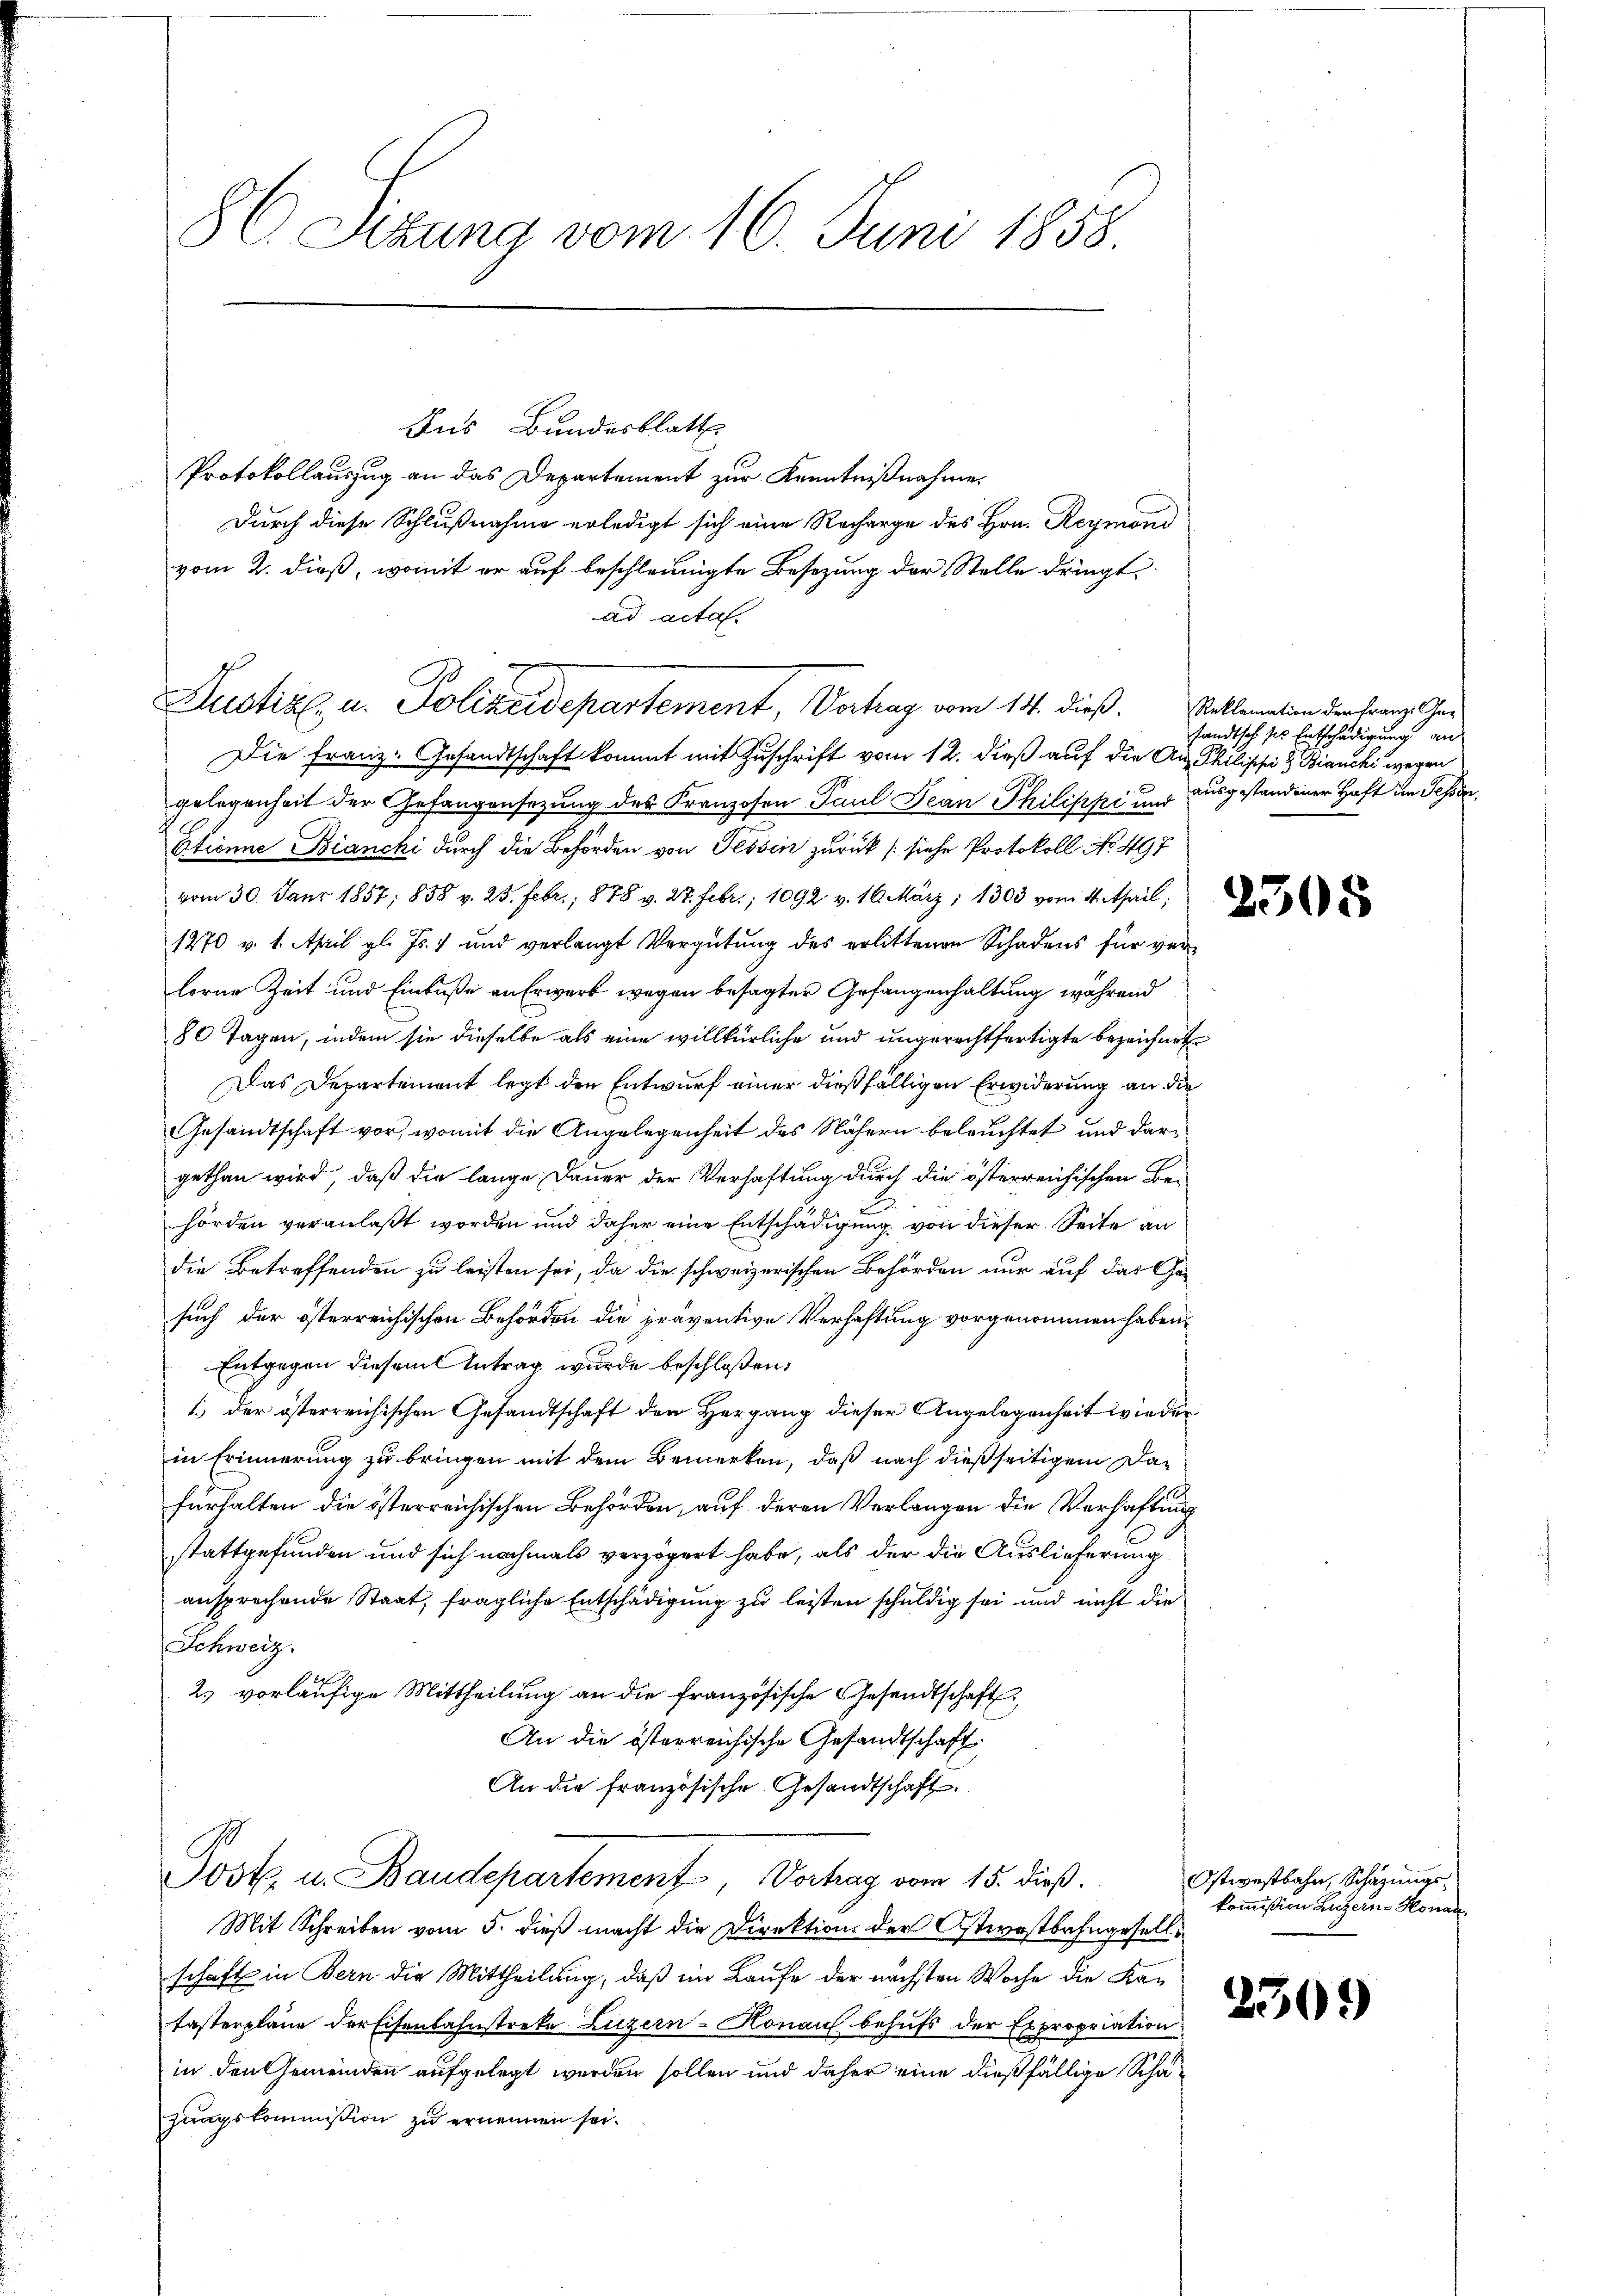
86 Sizung vom 16. Juni 1858.

Aus Bundesblatt
Protokollauszug an das Departement zur Kenntnißnahme.
Durch diese Schlußnahme erledigt sich eine Recharge des Hrn. Reymond
vom 2. dieß, womit er auf beschleunigte Besetzung der Stelle dringt
ad acta.
Die Franz. Gesandtschaft kommt mit Zuschrift vom 12. dieß auf die Auf Philische & Bianchi wegen
gelegenheit der Gefangensezung des Franzosen Paul Jean Philippi und ausgestandener Haft im Tessin
Etienne Bianchi durch die Behörden von Tessin zurück (siehe Protokoll No 497
vom 30. Janr 1857; 858 v. 25. Febr., 878 v. 27. Febr. 1092 v. 16. März, 1303 vom 4. April;
1270 v. 1. April gl. Js. und verlangt Vergütung des erlittenen Schadens für verlorne Zeit und Einbuße an Erwarb wegen besagter Gefangenhaltung während
80 Tagen, indem sie dieselbe als eine willkürliche und ungerechtfertigte bezeichnet
Das Departement legt den Entwurf einer dießfälligen Erwiderung an die
Gesandtschaft vor, womit die Angelegenheit des Nähern beleuchtet und dargethan wird, daß die lange Dauer der Verhaftung durch die österreichischen Be-
hörden veranlaßt worden und daher eine Entschädigung, von dieser Seite an
die Betreffenden zu leisten sei, da die schweizerischen Behörden nur auf das Gesuch der österreichischen Behörden die präventive Verhaftung vorgenommen haben.
Entgegen diesem Antrag wurde beschloßen:
1.) der österreichischen Gesandtschaft den Hergang dieser Angelegenheit wieder
in Erinnerung zu bringen mit dem Bemerken, daß nach dießseitigem Dafürhalten die österreichischen Behörden, auf deren Verlangen die Verhaftung
stattgefunden und sich nochmals verzögert habe, als der die Auslieferung
ansprechende Staat, fragliche Entschädigung zu leisten schuldig sei und nicht die
Schweiz.
2.) vorläufige Mittheilung an die französische Gesandtschaft
An die österreichische Gesandtschaft
An die französische Gesandtschaft.
Jost. u. Baudepartement, Vorhay vom 15. dieß.
Mit Schreiben vom 5. dieß macht die Direktion der Ostwostbahngesellschaft in Bern die Mittheilung, daß im Laufe der nächsten Woche die Katasterplane der Eisenbahnstreke Luzern-Honau behufs der Expropriation
in den Gemeinden aufgelegt werden sollen und daher eine dießfällige Schazungskommission zu ernennen sei.

Justiz, u. Polizeidepartement, Vortrag vom 111. dieß.

Reklamation der Franz Gefandtsch sie Entschädigung an

2305

Ostwestbahn, Schazungskommißion Luzern - Honau.

230.